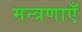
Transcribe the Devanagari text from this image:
मन्त्रणाएँ